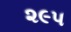
૨૯૫